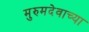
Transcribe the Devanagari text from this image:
मुरुमदेवाच्या